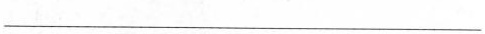
___